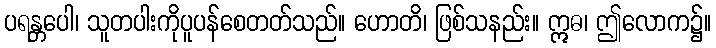
ပရန္တပေါ၊ သူတပါးကိုပူပန်စေတတ်သည်။ ဟောတိ၊ ဖြစ်သနည်း။ ဣဓ၊ ဤလောက၌။